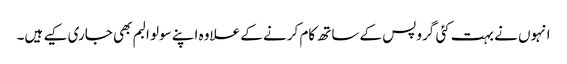
انہوں نے بہت کئی گروپس کے ساتھ کام کرنے کے علاوہ اپنے سولو البم بھی جاری کیے ہیں۔